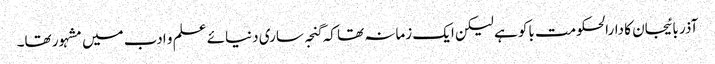
آذر بائیجان کا دارالحکومت باکو ہے لیکن ایک زمانہ تھا کہ گنجہ ساری دنیائے علم و ادب میں مشہور تھا۔